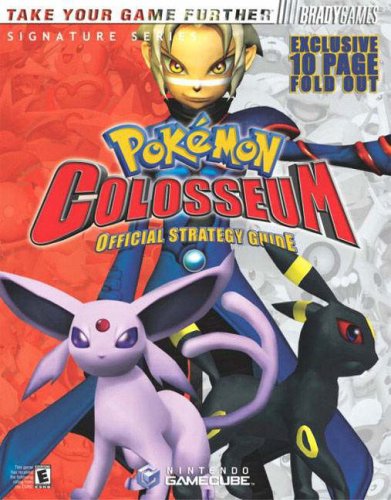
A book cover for PokemonÃEÂ¿ Colosseum Official Strategy Guide (Signature Series); Phillip Marcus; Computers & Technology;